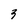
Character: 3